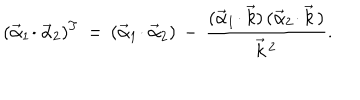
LaTeX: ( \vec { \alpha } _ { 1 } \! \cdot \vec { \alpha } _ { 2 } ) ^ { T } \, = \, ( \vec { \alpha } _ { 1 } \! \cdot \vec { \alpha } _ { 2 } ) \, - \, { \frac { ( \vec { \alpha } _ { 1 } \! \cdot \vec { k } ) \, ( \vec { \alpha } _ { 2 } \! \cdot \vec { k } \, ) } { \vec { k } \, ^ { 2 } } } .